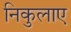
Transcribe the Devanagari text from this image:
निकुलाए